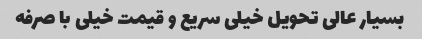
بسیار عالی تحویل خیلی سریع و قیمت خیلی با صرفه